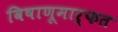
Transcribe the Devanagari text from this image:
विषाणूमार्फत